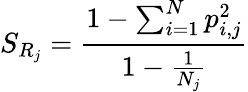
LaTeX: S_{R_{j}}=\frac{1-\sum_{i=1}^{N}p_{i,j}^{2}}{1-\frac{1}{N_{j}}}